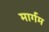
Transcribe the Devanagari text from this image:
मार्गम